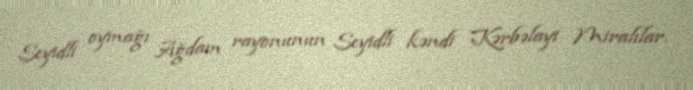
Seyidli oymağı Ağdam rayonunun Seyidli kəndi Kərbəlayi Miralılar.